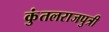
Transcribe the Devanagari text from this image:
कुंतलराजपुत्री